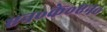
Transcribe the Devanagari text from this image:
एन॰के॰एन॰